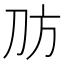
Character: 𪟀